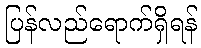
ပြန်လည်ရောက်ရှိရန်